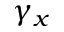
\gamma _ { x }